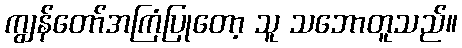
ကျွန်တော်အကြံပြုတော့ သူ သဘောတူသည်။